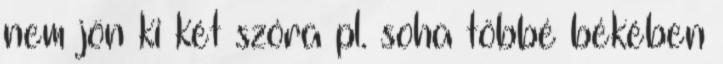
nem jön ki két szóra pl. soha többé békében